Report of the Indian Hemp Drugs Commission, 1894-1895 - Volume II
Year: 1894
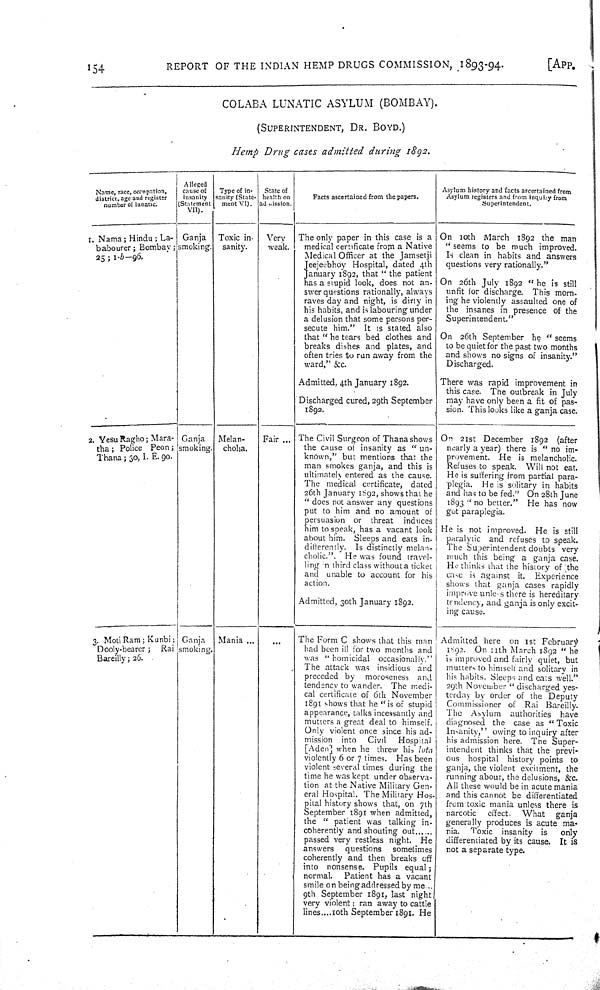
154
REPORT OF THE INDIAN HEMP DRUGS COMMISSION, 1893-94.
[APP.
COLABA LUNATIC ASYLUM (BOMBAY).
(SUPERINTENDENT, DR. BOYD.)
Hemp Drug cases admitted during 1892.
Name, race, occupation,
district, age and register
number of lunatic.
Alleged
cause of
insanity
(Statement
VII).
Type of in-
anity (State-
ment VI).
State of
health on
admission.
Facts ascertained from the papers.
Asylum history and facts ascertained from
Asylum registers and from inquiry from
Superintendent.
1. Nama; Hindu; La-
babourer; Bombay;
25; 1-b—96.
Ganja
smoking.
Toxic in-
sanity.
Very
weak.
The only paper in this case is a
medical certificate from a Native
Medical Officer at the Jamsetji
Jeejeebhoy Hospital, dated 4th
January 1892, that "the patient
has a stupid look, does not an-
swer questions rationally, always
raves day and night, is dirty in
his habits, and is labouring under
a delusion that some persons per-
secute him." It is stated also
that "he tears bed clothes and
breaks dishes and plates, and
often tries to run away from the
ward," &c.
Admitted, 4th January 1892.
Discharged cured, 29th September
1892.
On 10th March 1892 the man
"seems to be much improved.
Is clean in habits and answers
questions very rationally."
On 26th July 1892 "he is still
unfit for discharge. This morn-
ing he violently assaulted one of
the insanes in presence of the
Superintendent."
On 26th September he "seems
to be quiet for the past two months
and shows no signs of insanity."
Discharged.
There was rapid improvement in
this case. The outbreak in July
may have only been a fit of pas-
sion. This looks like a ganja case.
2. Yesu Ragho; Mara-
tha; Police Peon;
Thana; 30, I. E. 90.
Ganja
smoking.
Melan-
cholia.
Fair
The Civil Surgeon of Thana shows
the cause of insanity as "un-
known," but mentions that the
man smokes ganja, and this is
ultimately entered as the cause.
The medical certificate, dated
26th January 1892, shows that he
"does not answer any questions
put to him and no amount of
persuasion or threat
induces
him to speak, has a vacant look
about him. Sleeps and eats in-
differently. Is distinctly melan-
cholic.". He was found travel-
ling in third class without a ticket
and unable to account for his
action.
Admitted, 30th January 1892.
On 21st December 1892 (after
nearly a year) there is "no im-
provement. He is melancholic.
Refuses to speak. Will not eat.
He is suffering from partial para-
plegia. He is solitary in habits
and has to be fed." On 28th June
1893 "no better." He has now
got paraplegia.
He is not improved. He is still
paralytic and refuses to speak.
The Superintendent doubts very
much this being a ganja case.
He thinks that the history of the
case is against it. Experience
shows that ganja cases rapidly
improve unless there is hereditary
tendency, and ganja is only excit-
ing cause.
3. Moti Ram; Kunbi;
Dooly-bearer;
Rai
Bareilly; 26.
Ganja
smoking.
Mania
The Form C shows that this man
had been ill for two months and
was "homicidal occasionally."
The attack was insidious and
preceded by moroseness and
tendency to wander. The medi-
cal certificate of 6th November
1891 shows that he "is of stupid
appearance, talks incessantly and
mutters a great deal to himself.
Only violent once since his ad-
mission into
Civil
Hospital
[Aden] when he threw his lota
violently 6 or 7 times. Has been
violent several times during the
time he was kept under observa-
tion at the Native Military Gen-
eral Hospital. The Military Hos-
pital history shows that, on 7th
September 1891 when admitted,
the "patient was talking in-
coherently and shouting out ......
passed very restless night. He
answers
questions
sometimes
coherently and then breaks off
into nonsense. Pupils equal;
normal.
Patient has a vacant
smile on being addressed by me...
9th September 1891, last night
very violent; ran away to cattle
lines....10th September 1891. He
Admitted here on 1st February
1892. On 11th March 1892 "he
is improved and fairly quiet, but
mutters to himself and solitary in
his habits. Sleeps and eats well."
29th November "discharged yes-
terday by order of the Deputy
Commissioner of Rai Bareilly.
The Asylum authorities have
diagnosed the case as "Toxic
Insanity," owing to inquiry after
his admission here. The Super-
intendent thinks that the previ-
ous hospital history points to
ganja, the violent excitment, the
running about, the delusions, &c.
All these would be in acute mania
and this cannot be differentiated
from toxic mania unless there is
narcotic
effect.
What
ganja
generally produces is acute ma-
nia. Toxic insanity is
only
differentiated by its cause. It is
not a separate type.